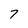
Character: 7